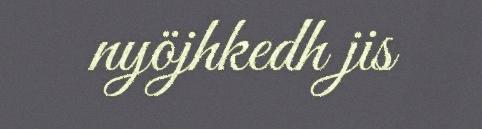
nyöjhkedh jis